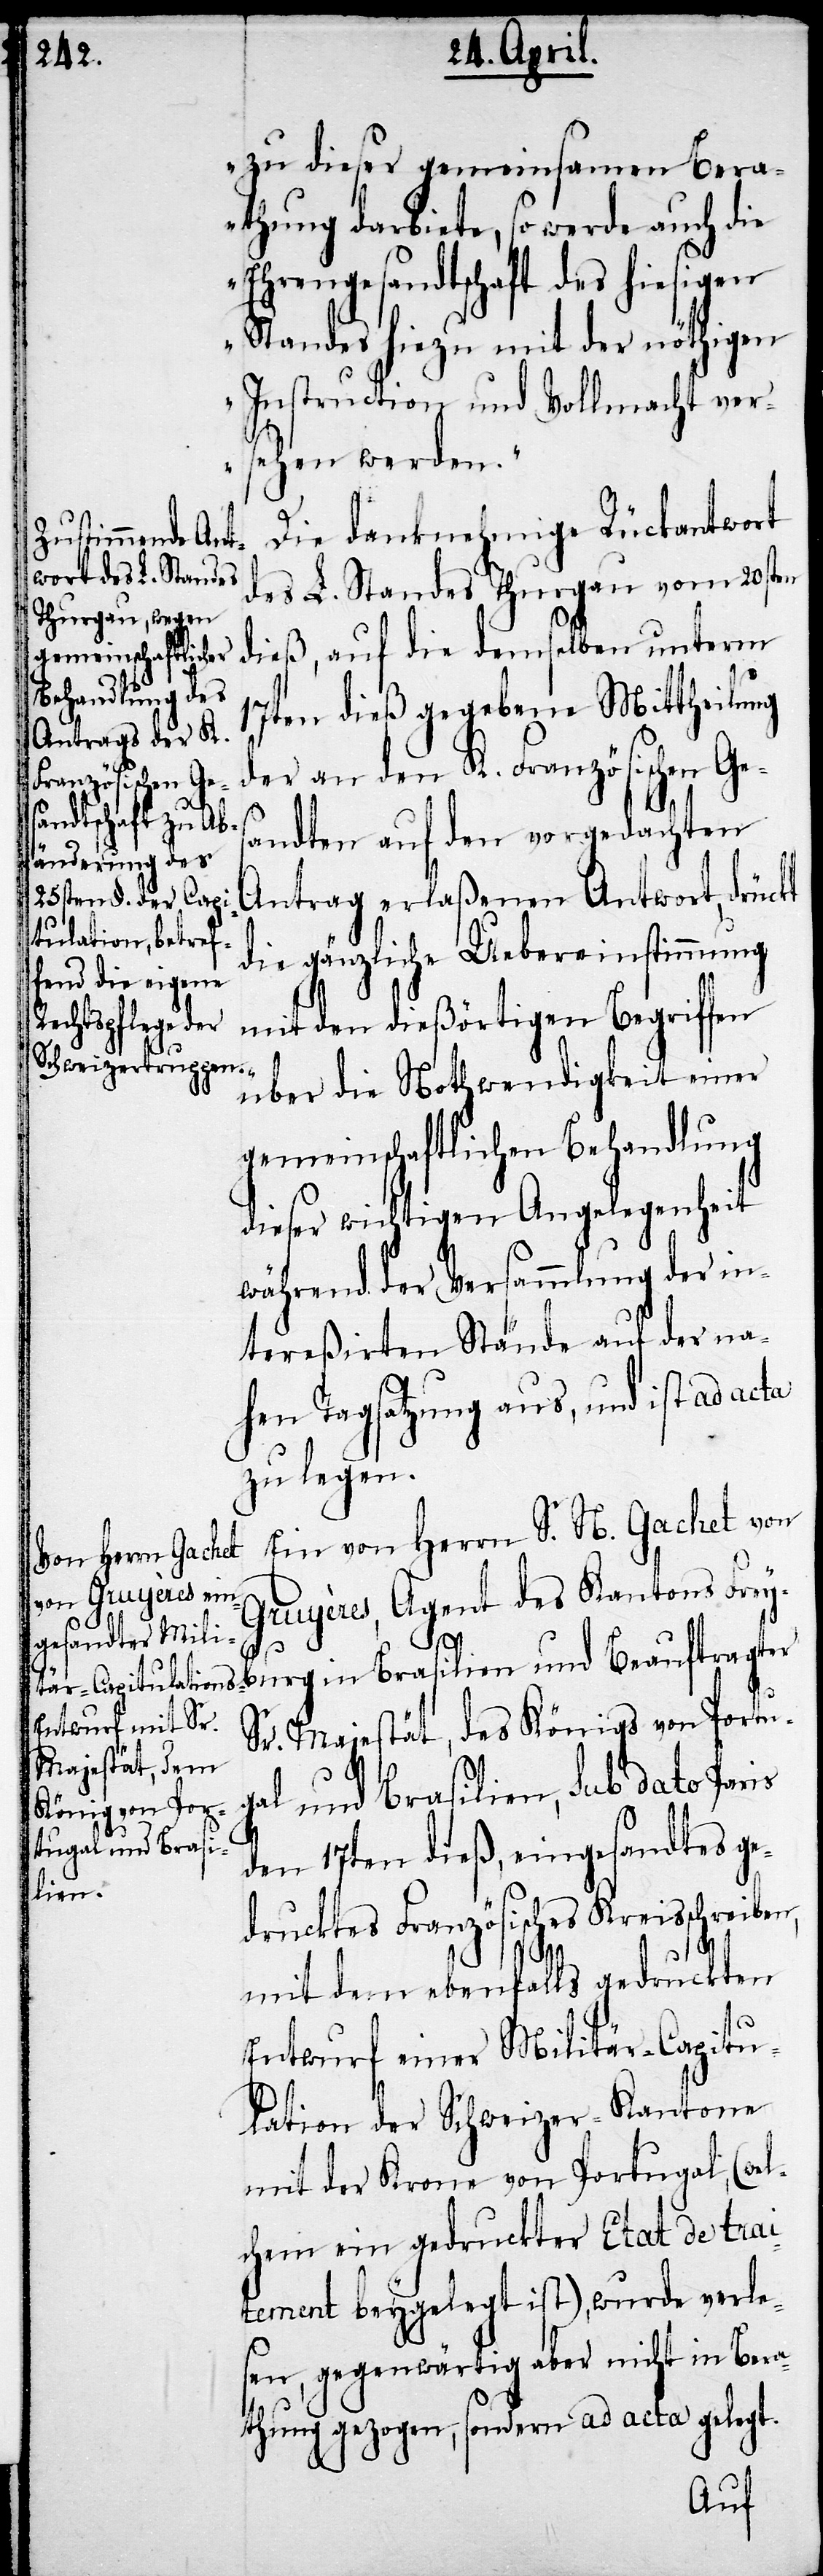
zu dieser gemeinsamen Bera¬
thung darbiete, so werde auch die
Ehrengesandtschaft des hiesigen
Standes hiezu mit der nöthigen
Instruction und Vollmacht ver¬
sehen werden.
Die danknehmige Rückantwort
des L. Standes Thurgau vom 20sten
dieß, auf die demselben unterm
17ten dieß gegebene Mittheilung
der an den K. Französichen Ges¬
andten auf den vorgedachten
Antrag erlaßenen Antwort, drückt
die gänzliche Uebereinstimmung
mit den dießörtigen Begriffen
über die Nothwendigkeit einer
gemeinschaftlichen Behandlung
dieser wichtigen Angelegenheit
während der Versammlung der in¬
tereßirten Stände auf der na¬
hen Tagsatzung aus, und ist ad acta
zu legen.
Ein von Herrn S. N. Gachet von
Gruyères, Agent des Kantons Frey¬
Sr. Majestät, des Königs von Portu¬
gal und Brasilien, sub dato Paris
den 17ten dieß, eingesandtes ge¬
drucktes Französisches Kreisschreiben,
mit dem ebenfalls gedruckten
Entwurf einer Militär-Capitu¬
lation der Schweizer-Kantone
mit der Krone von Portugal, (wel¬
chem ein gedruckter Etat de trai¬
tement beygelegt ist), wurde verle¬
sen, gegenwärtig aber nicht in Bera¬
thung gezogen, sondern ad acta gelegt.